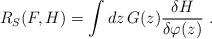
LaTeX: \begin{align*}R_{S}(F,H)= \int dz\, G(z)\frac{\delta H}{\delta\varphi(z)}\ .\end{align*}